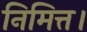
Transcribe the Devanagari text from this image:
निमित्त।